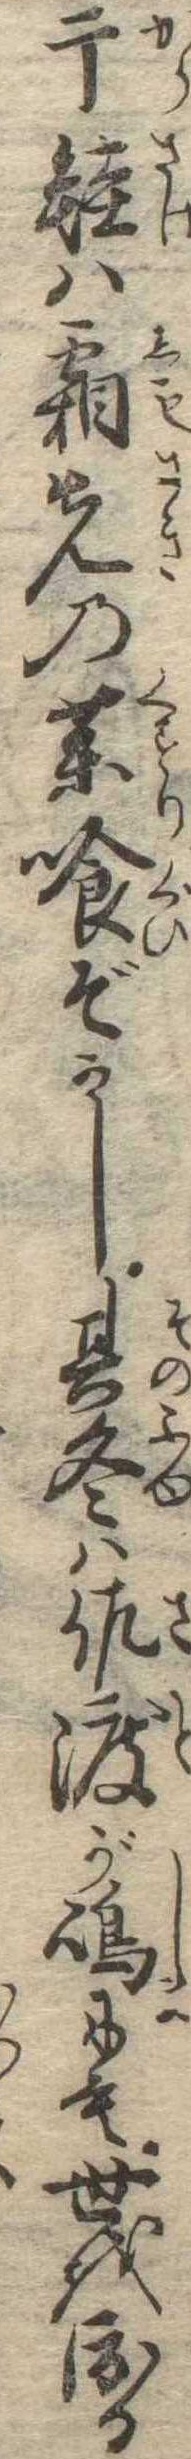
干鮭は霜先の薬喰ぞかし其冬は佐渡が島にも世を渡る